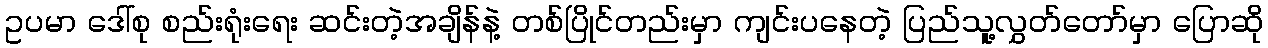
ဥပမာ ဒေါ်စု စည်းရုံးရေး ဆင်းတဲ့အချိန်နဲ့ တစ်ပြိုင်တည်းမှာ ကျင်းပနေတဲ့ ပြည်သူ့လွှတ်တော်မှာ ပြောဆို